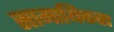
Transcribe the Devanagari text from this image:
सामायिकता